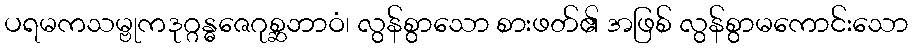
ပရမကသမ္ဗုကဒုဂ္ဂန္ဓဇေဂုစ္ဆဘာဝံ၊ လွန်စွာသော စားဖတ်၏ အဖြစ် လွန်စွာမကောင်းသော